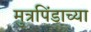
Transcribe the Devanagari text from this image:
मुत्रपिंडाच्या